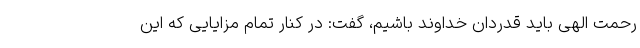
رحمت الهی باید قدردان خداوند باشیم، گفت: در کنار تمام مزایایی که این